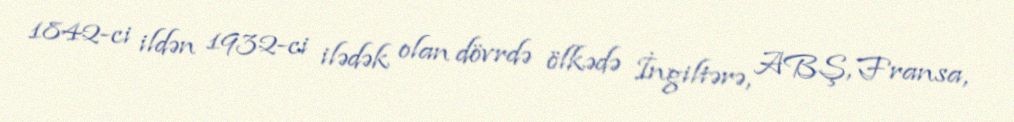
1842-ci ildən 1932-ci ilədək olan dövrdə ölkədə İngiltərə, ABŞ, Fransa,